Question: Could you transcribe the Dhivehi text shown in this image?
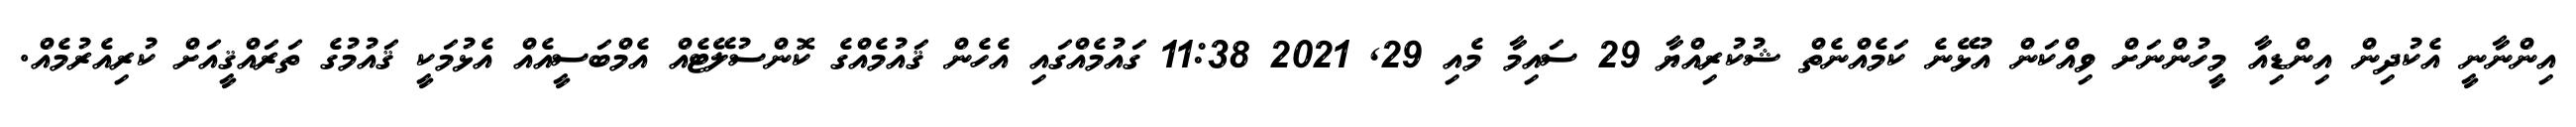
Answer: އިންނާނީ އެކުދިން އިންޑިއާ މީހުންނަށް ވިއްކަން އުޅޭނެ ކަމެއްނެތް ޝުކުރިއްޔާ 29 ސައިމާ މެއި 29, 2021 11:38 ގައުމެއްގައި އެހެން ޤައުމެއްގެ ކޮންސުލޭޓެއް އެމްބަސީއެއް އެޅުމަކީ ޤައުމުގެ ތަރައްޤީއަށް ކުރިއެރުމެއް.